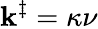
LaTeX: \mathbf{k}^{\ddagger}=\kappa\nu